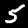
Digit: 5